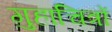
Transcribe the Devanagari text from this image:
गुहाचित्रों